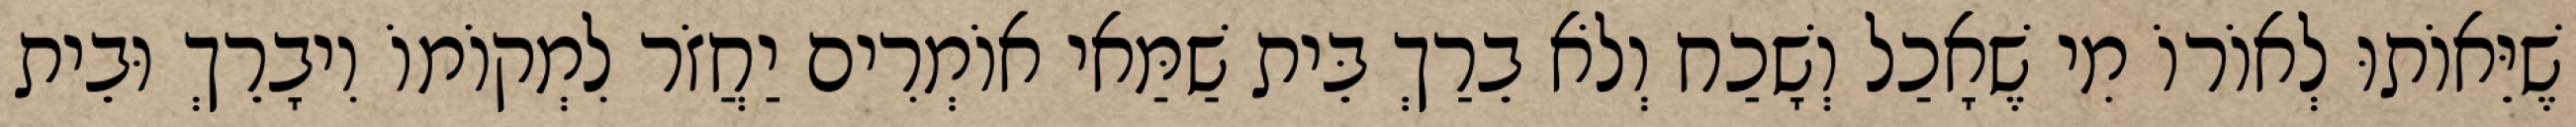
שֶׁיֵּאוֹתוּ לְאוֹרוֹ מִי שֶׁאָכַל וְשָׁכַח וְלֹא בֵרַךְ בֵּית שַׁמַּאי אוֹמְרִים יַחֲזֹר לִמְקוֹמוֹ וִיבָרֵךְ וּבֵית